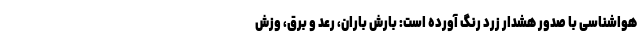
هواشناسی با صدور هشدار زرد رنگ آورده است: بارش باران، رعد و برق، وزش